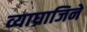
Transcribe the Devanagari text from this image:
व्याघ्राजिने